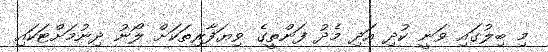
މި ބިލުގައި ވަނީ ކުދި އަދި މެދު ފަންތީގެ ވިޔަފާރިތަކަށް ލޯނު ދިނުމަށްޓަކައި